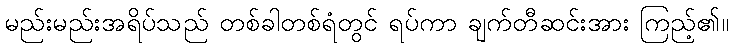
မည်းမည်းအရိပ်သည် တစ်ခါတစ်ရံတွင် ရပ်ကာ ချက်တီဆင်းအား ကြည့်၏။